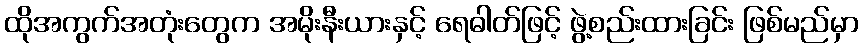
ထိုအကွက်အတုံးတွေက အမိုးနီးယားနှင့် ရေဓါတ်ဖြင့် ဖွဲ့စည်းထားခြင်း ဖြစ်မည်မှာ